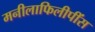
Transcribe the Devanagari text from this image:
मनीलाफिलीपींस